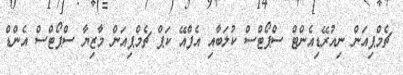
ޗެމްޕިއަން ނިއުރޭޑިއެންޓް ސްޕޯޓްސް ކުލަބާއި އެފްއޭ ކަޕް ޗެމްޕިއަން މާޒިޔާ ސްޕޯޓްސް އެންޑް